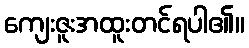
ကျေးဇူးအထူးတင်ရပါ၏။